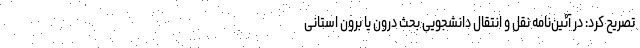
تصریح کرد: در آئین‌نامه نقل و انتقال دانشجویی بحث درون یا برون استانی